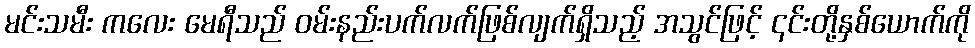
မင်းသမီး ကလေး မေရီသည် ဝမ်းနည်းပက်လက်ဖြစ်လျက်ရှိသည့် အသွင်ဖြင့် ၎င်းတို့နှစ်ယောက်ကို